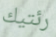
رئتيك